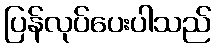
ပြန်လုပ်ပေးပါသည်